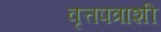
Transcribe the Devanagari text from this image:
वृत्तपत्राशी